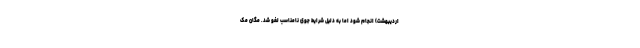
اردیبهشت) انجام شود اما به دلیل شرایط جوی نامناسب لغو شد. مگان مک